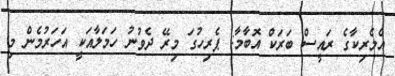
އެމެރިކާގެ ރައީސް ބަރަކް އޮބާމާ: ޕެރިހުގަ މިރޭ ދެވުނު ހަމަލާއަކީ އަހަރުމެން މި